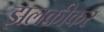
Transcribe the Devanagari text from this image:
झलकीकर